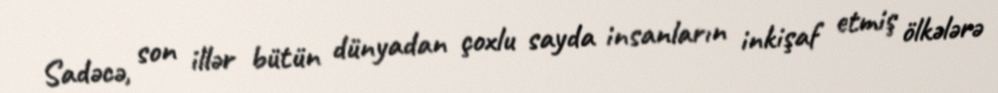
Sadəcə, son illər bütün dünyadan çoxlu sayda insanların inkişaf etmiş ölkələrə